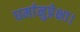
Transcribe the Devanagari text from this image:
धर्मानुप्रेक्षा।